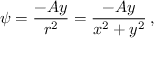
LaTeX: \psi = { \frac { - A y } { r ^ { 2 } } } = { \frac { - A y } { x ^ { 2 } + y ^ { 2 } } } \, ,